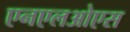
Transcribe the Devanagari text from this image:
एनएलओएस